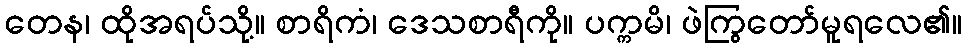
တေန၊ ထိုအရပ်သို့။ စာရိကံ၊ ဒေသစာရီကို။ ပက္ကမိ၊ ဖဲကြွတော်မူရလေ၏။